system: You are a helpful assistant.
user:
Analyze the provided spectrum to determine if it is a **S-type Star**.

- **Key Indicators for S-type Star:**

    - **(Overall Spectrum Shape):** The first and most obvious characteristic is the overall continuum (the "baseline" shape). It is **extremely "red-sloping,"** meaning the flux (light intensity) is very low on the left side (blue, ~4000-4500 Å) and rises steeply and continuously toward the right side (red, ~7000 Å+).

    - **(Primary):** The spectrum is defined by the presence of strong, broad molecular absorption "valleys" (bands) from **Zirconium Oxide (ZrO)**. The identification of these bands is the **primary requirement** for classifying a star as S-type.
        - **(Key Bandheads):** You must find distinct, deep "dips" where the light has been absorbed. The most critical band systems to locate are:
            - **~6474 Å** ($\gamma$-system): This is often the strongest and clearest ZrO feature, found in the red part of the spectrum.
            - **~5718 Å** & **~5551 Å** ($\beta$-system): A pair of prominent absorption features in the yellow-orange part of the spectrum.
            - **~4640 Å** ($\alpha$-system): A key absorption band system in the blue-green region of the spectrum.

    - **(Secondary Confirmation):** The classification is strengthened by finding additional absorption bands from other related heavy element oxides, which are expected to be present alongside ZrO.
        - **(Key Bandheads):**
            - **Yttrium Oxide (YO):** Look for absorption dips near **~4800 Å** and **~6100 Å**.
            - **Lanthanum Oxide (LaO):** Additional absorption features, particularly in the red-orange part of the spectrum, are also characteristic.

    - **(Line Profile):** The combination of the steep red continuum and these numerous, deep molecular bands (ZrO, YO, etc.) gives the entire spectrum a very **"chopped-up"** or **"bumpy"** appearance. Instead of a smooth curve, the spectrum looks as though large, wide chunks of light have been "carved out" of it at the specific wavelengths listed above.

Think first, call **spectral_visualization_tool** if needed to examine features in detail, then provide your final answer. Your response must adhere to the following strict rules:
1.  **Overall Structure:** Your response must follow the format `<think>...</think> <tool_call>...</tool_call> (if a tool is used) <answer>...</answer>`.
2.  **Tool Usage Constraint:** You may only make **one** tool call per turn.
3.  **Final Answer Format:** In the `<answer>` tag, your conclusion must be inside a `\boxed{}` command (e.g., `\boxed{YES}` or `\boxed{NO}`), followed by your justification.

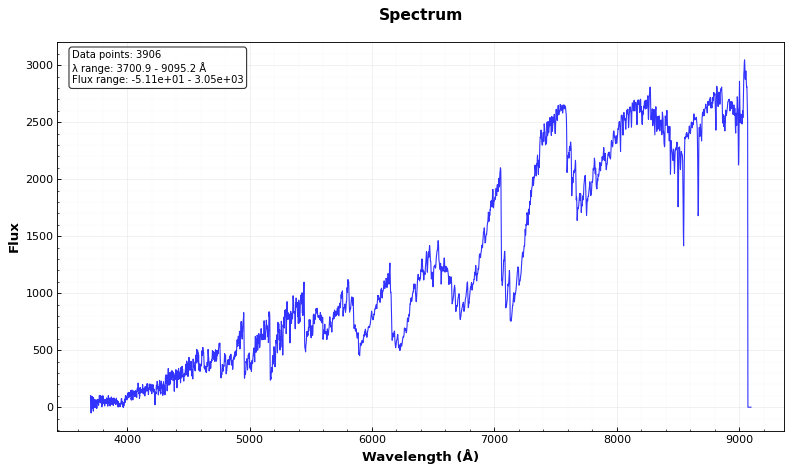
Answer: YES